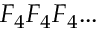
F _ { 4 } F _ { 4 } F _ { 4 } . . .